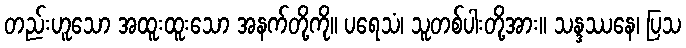
တည်းဟူသော အထူးထူးသော အနက်တို့ကို။ ပရေသံ၊ သူတစ်ပါးတို့အား။ သန္ဒဿနေ၊ ပြသ